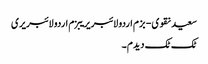
سعید نقوی - بزم اردو لائبریریبزم اردو لائبریری
ٹک ٹک دیدم ۔